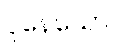
ပိုနေသော